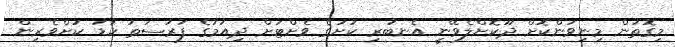
މިގޮތުން މިނިވަންކޮށް ދޫކޮށްލެވޭނީ އެނބުރި ކުށުގެ ވެށްޓަށް ދިއުމުގެ ފުރުސަތު ކުޑަ ކުށްވެރިން